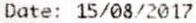
DATE: 15/08/2017